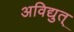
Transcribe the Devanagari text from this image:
अविद्युत्